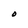
Character: O